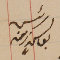
رئيس يوسف زينه